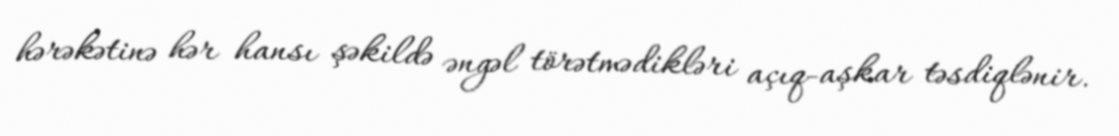
hərəkətinə hər hansı şəkildə əngəl törətmədikləri açıq-aşkar təsdiqlənir.